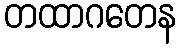
တထာဂတေန